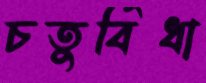
চতুর্বিধা